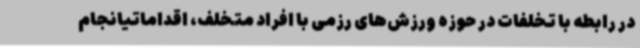
در رابطه با تخلفات در حوزه ورزش‌های رزمی با افراد متخلف، اقداماتیانجام